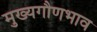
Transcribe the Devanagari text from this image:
मुख्यगौणभाव